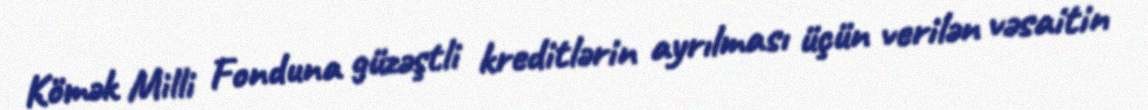
Kömək Milli Fonduna güzəştli kreditlərin ayrılması üçün verilən vəsaitin